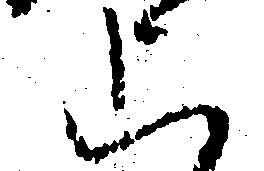
上